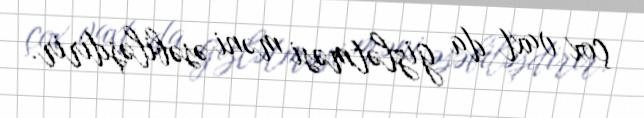
çox vaxt da gizlətməsi məni əsəbiləşdirir.